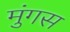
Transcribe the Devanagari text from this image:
मुंगस